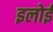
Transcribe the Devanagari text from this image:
इलोई